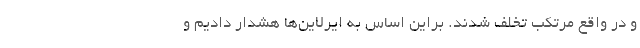
و در واقع مرتکب تخلف شدند. براین اساس به ایرلاین‌ها هشدار دادیم و